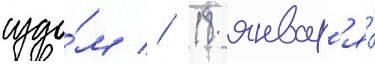
судо́м // 18 январ'я́